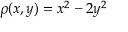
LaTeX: \rho ( x , y ) = x ^ { 2 } - 2 y ^ { 2 }